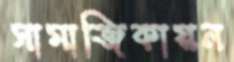
সামাজিকায়ন